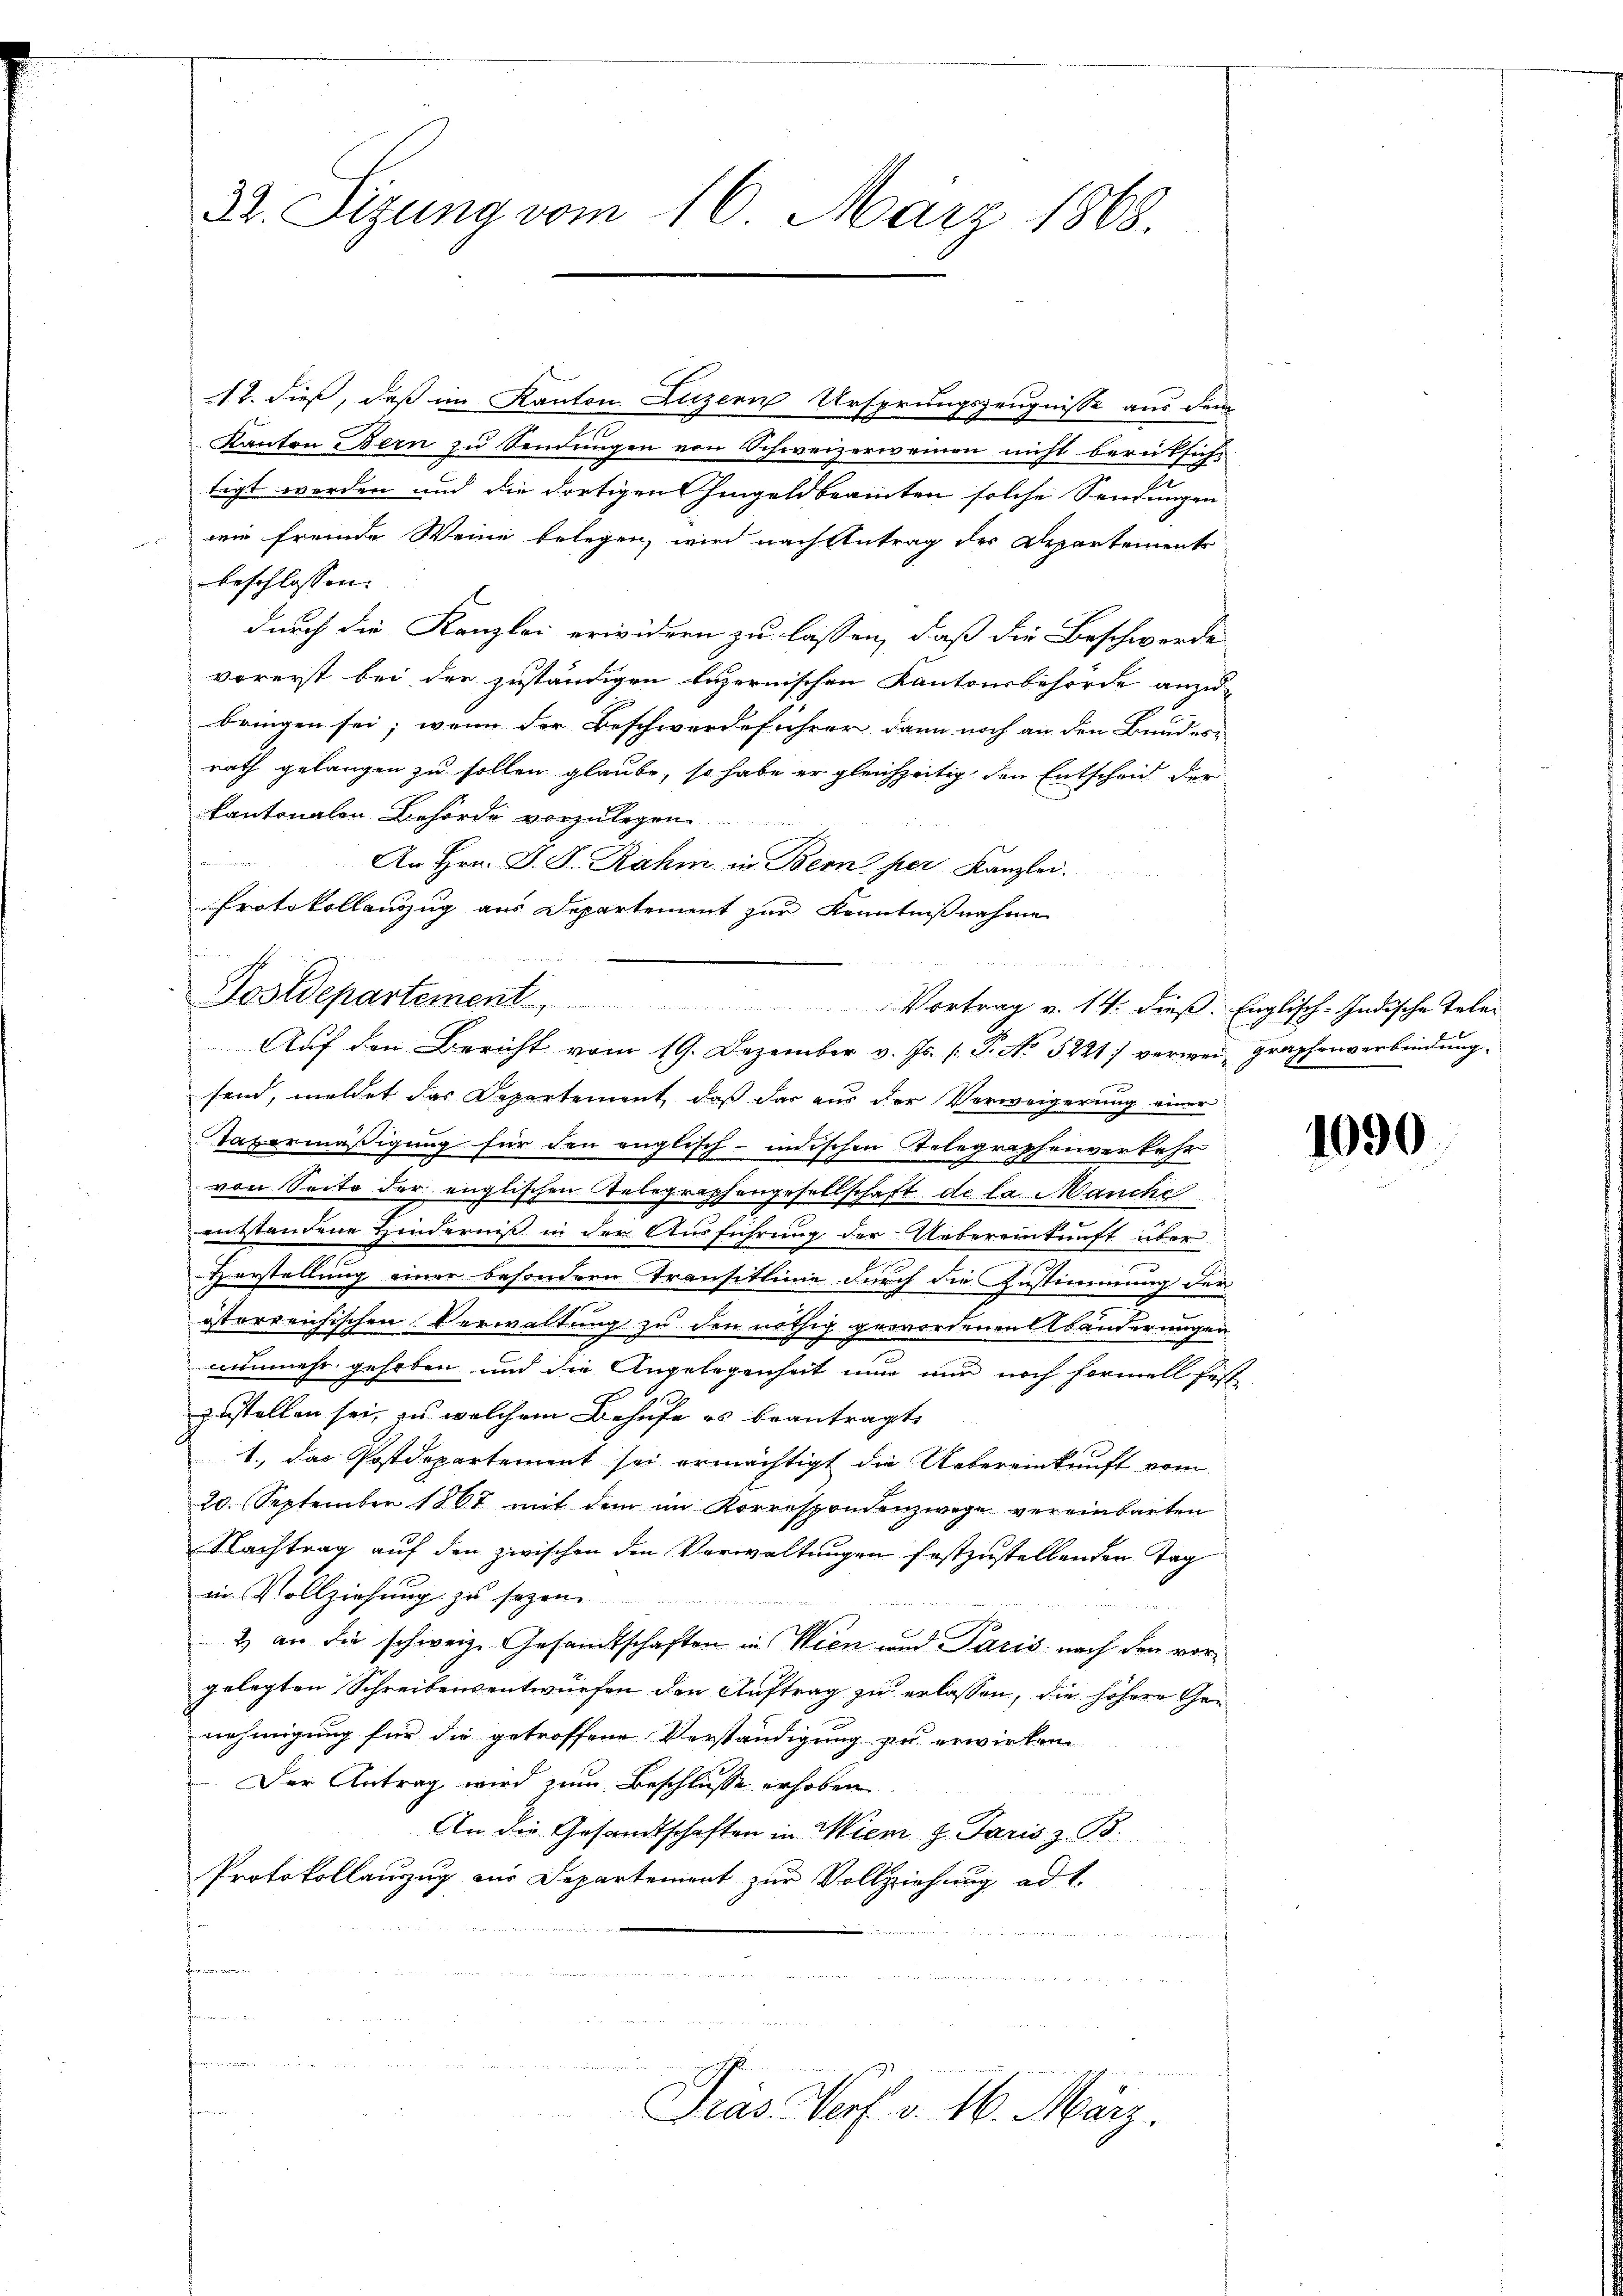
32. Sizung vom 16. März 1868.

12. dieß, daß im Kanton. Luzern Ursprungszeugnisse aus dem
tigt werden und die dortigen Eingeldbeamten solche Sendungen
wie fremde Weine belegen, wird nach Antrag der Departements
beschlossen. |
vorerst bei der zuständigen luzernischen Kantonsbehörde anzubringen sei, wenn der Beschwerdeführer dann noch an den Bunden
rath gelangen zu sollen glaube, so habe er gleichzeitig den Entscheid der
kantonalen Behörde vorzulegen
n
Protokollauszug aus Departement zur Kenntnißnahme

Kanton Bern zu Sendungen von Schweizerweinen nicht berücksicht
durch die Kanzlei erwidern zu lassen, daß die Beschwerde
An Hrn. J. Dr. Rahm in Bern her Kanzlei.

Postdepartement, Vortrag u. 14. dieβ. Englisch-Indische Tele-
Auf den Bericht vom 19. Dezember v. Js. /: P. No 5221) verwei graphenverbindung

m
send, meldet das Departement, daß dar aus der Verweigerung einer
Tavermäßigung für den englisch-indischen Telegraphenverkehr
von Seite der englischen Telegraphengesellschaft de la Manche
entstandene Hinderniß in der Ausführung der Uebereinkunft über
Herstellung einer besondern Transitlinie durch die Instimmung der
österreichischen Verwaltung zu den nöthig gewordenen Abänderungen
nunmehr gehoben und die Angelegenheit nun nur noch formell fest
zustellen sei, zu welchem Behufe es beantragt,
1., das Postdepartement sei ermächtigt die Uebereinkunft vom
20. September 1867 mit dem im Korrespondenzwege vereinbarten
Nachtrag auf den zwischen den Verwaltungen festzustellenden Tag
in Vollziehung zu se
2) an die schweiz. Gesandtschaften in Wien und Paris nach den vorgelegten Schreibensentwürfen den Auftrag zu erlassen, die höhere Genehmigung für die getroffene Verständigung zu erwirken
Der Antrag wird zum Beschlusse erhoben
An die Gesandtschaften in Wien H. Paris z. B.
Protokollauszug aus Departement zur Vollziehung ad 1.
n

Pras Verf. v. 16. März.

1090